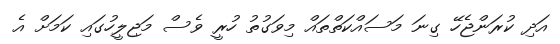
އަދި ކުރަންޖެހޭ ގިނަ މަސައްކަތްތައް މިވަގުތު ހުރީ ވެސް މަޖިލީހުގައި ކަމަށް އެ